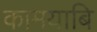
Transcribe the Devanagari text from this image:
कामयाबि